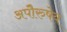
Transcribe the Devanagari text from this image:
अपाेेैरुषेय